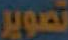
تصوير